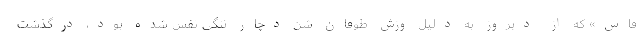
فاس» که از دیروز به دلیل وزش طوفان شن دچار تنگی نفس شده بود، درگذشت